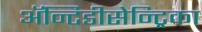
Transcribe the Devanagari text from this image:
ॲन्टिडीसेन्ट्रिका